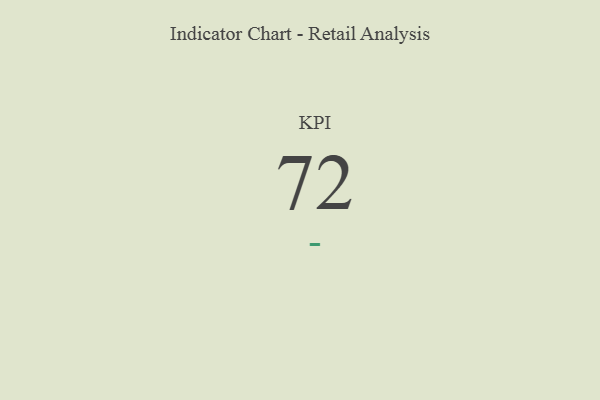
{"axis": {"x": "KPI", "y": "Value"}, "legend": [""], "data": [{"x": "KPI", "y": 72, "type": ""}]}